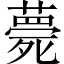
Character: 薨